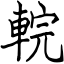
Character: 輐